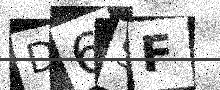
Text: D6SF